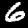
Label: 6